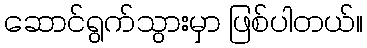
ဆောင်ရွက်သွားမှာ ဖြစ်ပါတယ်။